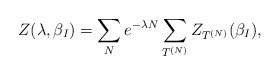
\begin{align*}Z(\lambda,\beta_I )=\sum_N e^{-\lambda N} \sum_{T^{(N)}} Z_{T^{(N)}}(\beta_I ),\end{align*}